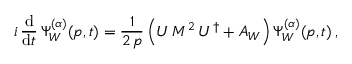
i \, \frac { \mathrm { d } } { \mathrm { d } t } \, \Psi _ { W } ^ { ( \alpha ) } ( p , t ) = \frac { 1 } { 2 \, p } \left( U \, M ^ { 2 } \, U ^ { \dagger } + A _ { W } \right) \Psi _ { W } ^ { ( \alpha ) } ( p , t ) \, ,